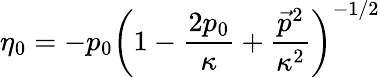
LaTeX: \eta_{0}=-p_{0}\left(1-\frac{2p_{0}}{\kappa}+\frac{\vec{p}^{2}}{\kappa^{2}}\right)^{-1/2}